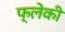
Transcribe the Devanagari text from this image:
फ्लेकी